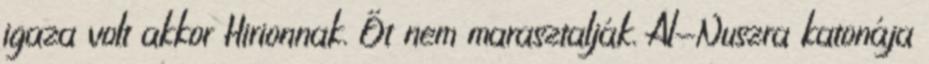
igaza volt akkor Hirionnak. Őt nem marasztalják. Al-Nuszra katonája